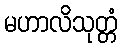
မဟာလိသုတ္တံ